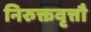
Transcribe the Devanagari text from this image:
निरुक्तवृत्तौ